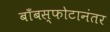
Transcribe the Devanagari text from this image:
बाँबस्फोटानंतर